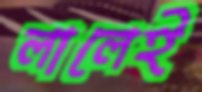
লালেই